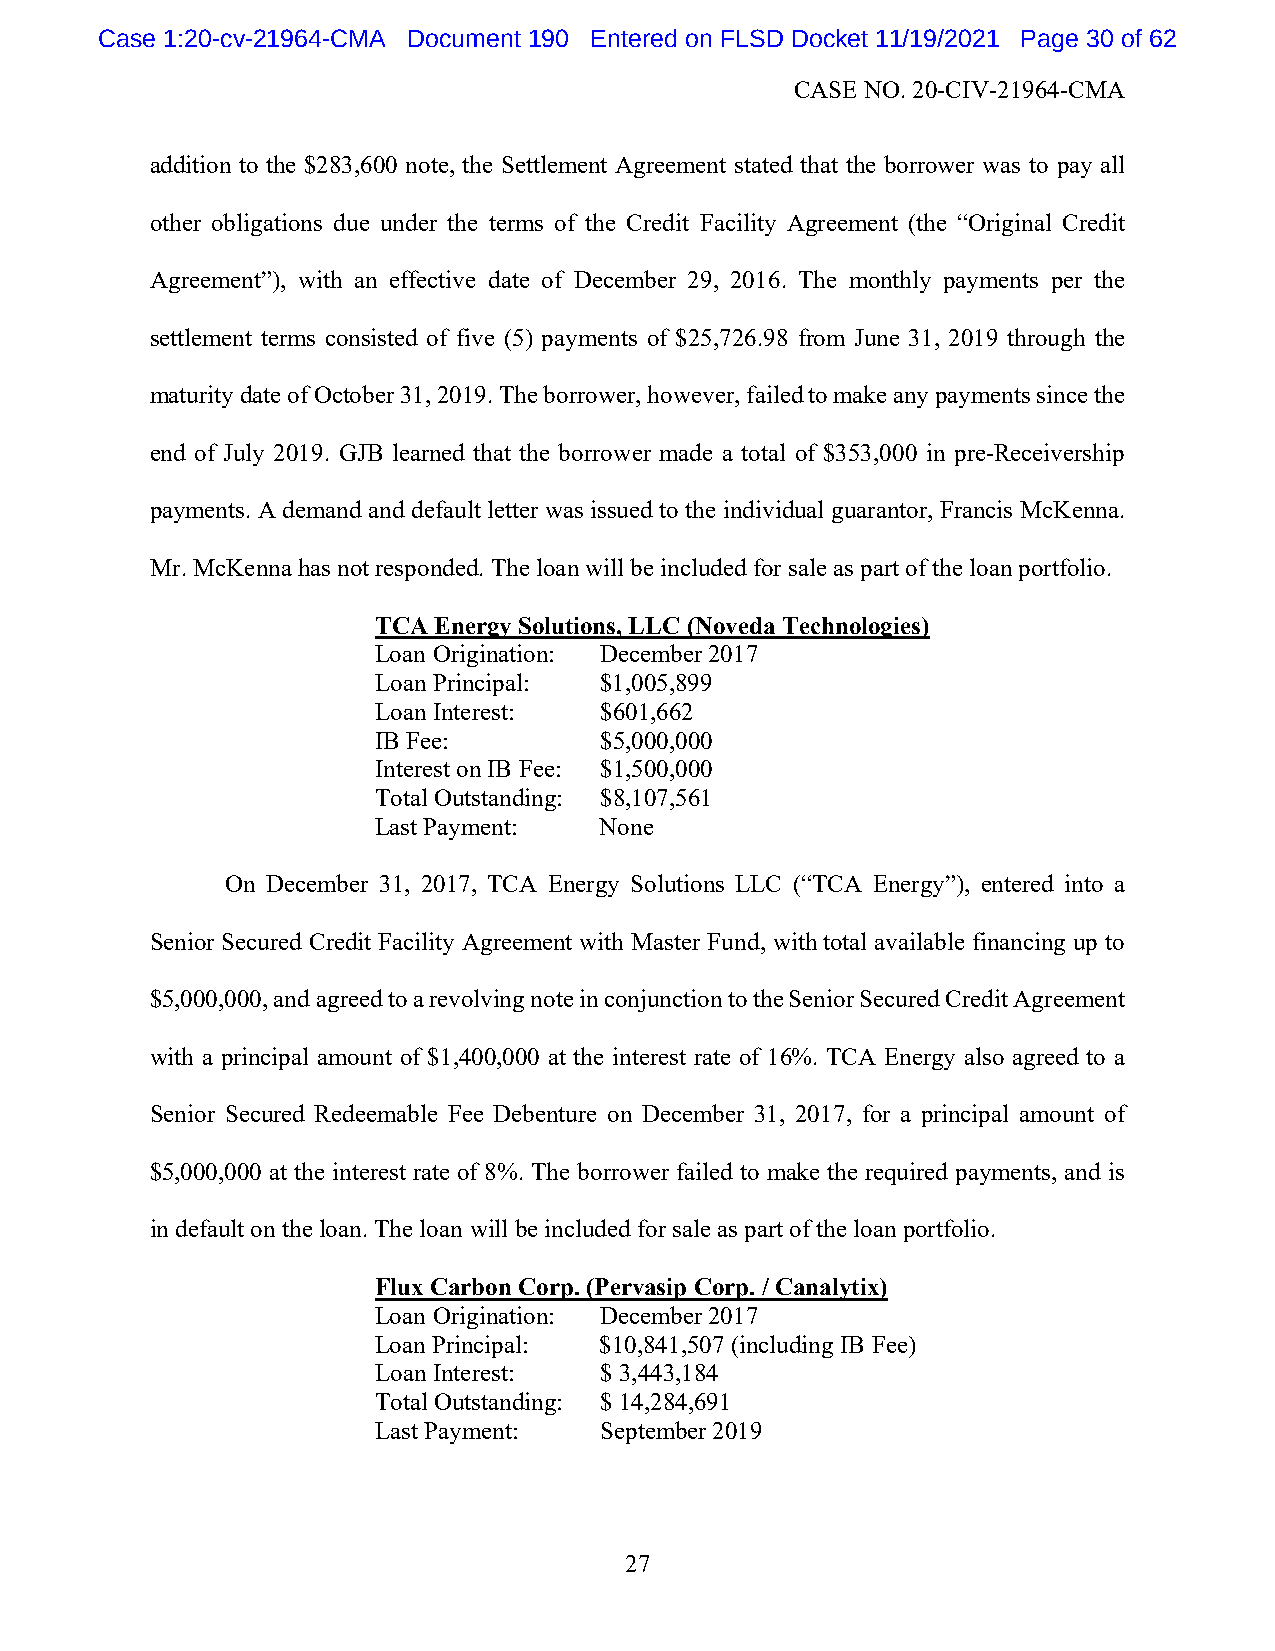
Case 1:20-cv-21964-CMA Document 190 Entered on FLSD Docket 11/19/2021 Page 30 of 62
 CASE NO. 20-CIV-21964-CMA
 addition to the $283,600 note, the Settlement Agreement stated that the borrower was to pay all
 other obligations due under the terms of the Credit Facility Agreement (the “Original Credit
 Agreement”), with an effective date of December 29, 2016. The monthly payments per the
 settlement terms consisted of five (5) payments of $25,726.98 from June 31, 2019 through the
 maturity date of October 31, 2019. The borrower, however, failed to make any payments since the
 end of July 2019. GJB learned that the borrower made a total of $353,000 in pre-Receivership
 payments. A demand and default letter was issued to the individual guarantor, Francis McKenna.
 Mr. McKenna has not responded. The loan will be included for sale as part of the loan portfolio.
 TCA Energy Solutions, LLC (Noveda Technologies)
 Loan Origination: December 2017
 Loan Principal: $1,005,899
 Loan Interest: $601,662
 IB Fee:        $5,000,000
 Interest on IB Fee: $1,500,000
 Total Outstanding: $8,107,561
 Last Payment:  None
 On December 31, 2017, TCA Energy Solutions LLC (“TCA Energy”), entered into a
 Senior Secured Credit Facility Agreement with Master Fund, with total available financing up to
 $5,000,000, and agreed to a revolving note in conjunction to the Senior Secured Credit Agreement
 with a principal amount of $1,400,000 at the interest rate of 16%. TCA Energy also agreed to a
 Senior Secured Redeemable Fee Debenture on December 31, 2017, for a principal amount of
 $5,000,000 at the interest rate of 8%. The borrower failed to make the required payments, and is
 in default on the loan. The loan will be included for sale as part of the loan portfolio.
 Flux Carbon Corp. (Pervasip Corp. / Canalytix)
 Loan Origination: December 2017
 Loan Principal: $10,841,507 (including IB Fee)
 Loan Interest: $ 3,443,184
 Total Outstanding: $ 14,284,691
 Last Payment:  September 2019
 27